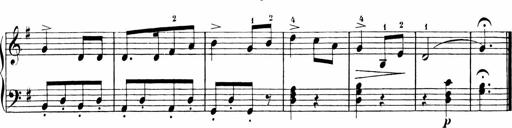
Title: 6 Liedersonatinen
Composer: Carl Reinecke